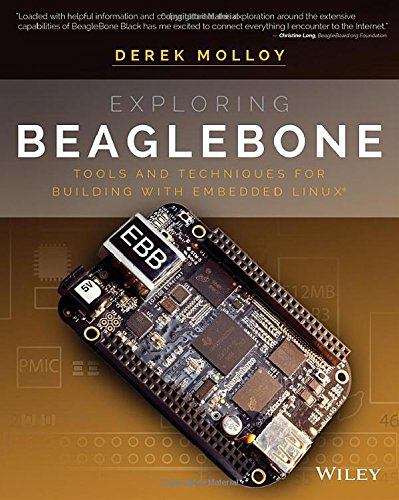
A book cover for Exploring BeagleBone: Tools and Techniques for Building with Embedded Linux; Derek Molloy; Computers & Technology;